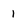
Character: 1